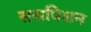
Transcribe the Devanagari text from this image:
ससपिशन